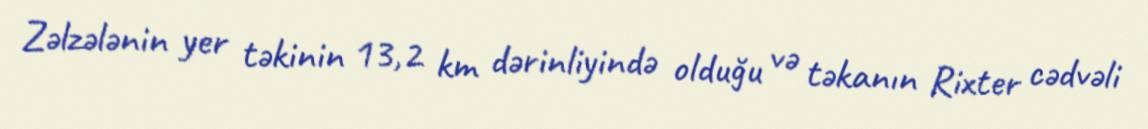
Zəlzələnin yer təkinin 13,2 km dərinliyində olduğu və təkanın Rixter cədvəli